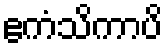
ဧကံသိကာပိ